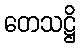
တေသဋ္ဌိ